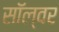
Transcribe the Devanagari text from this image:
सॉल्वर